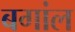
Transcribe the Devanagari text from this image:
बगांल